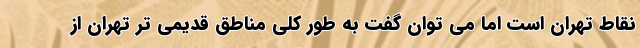
نقاط تهران است اما می توان گفت به طور کلی مناطق قدیمی تر تهران از